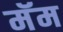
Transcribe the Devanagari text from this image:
मॅम